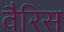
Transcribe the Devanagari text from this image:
वैरिस